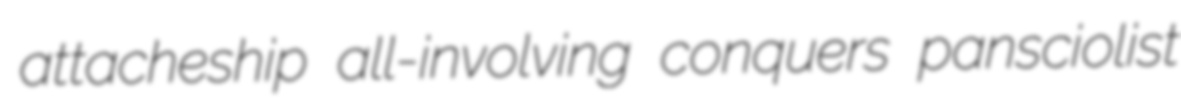
attacheship all-involving conquers pansciolist